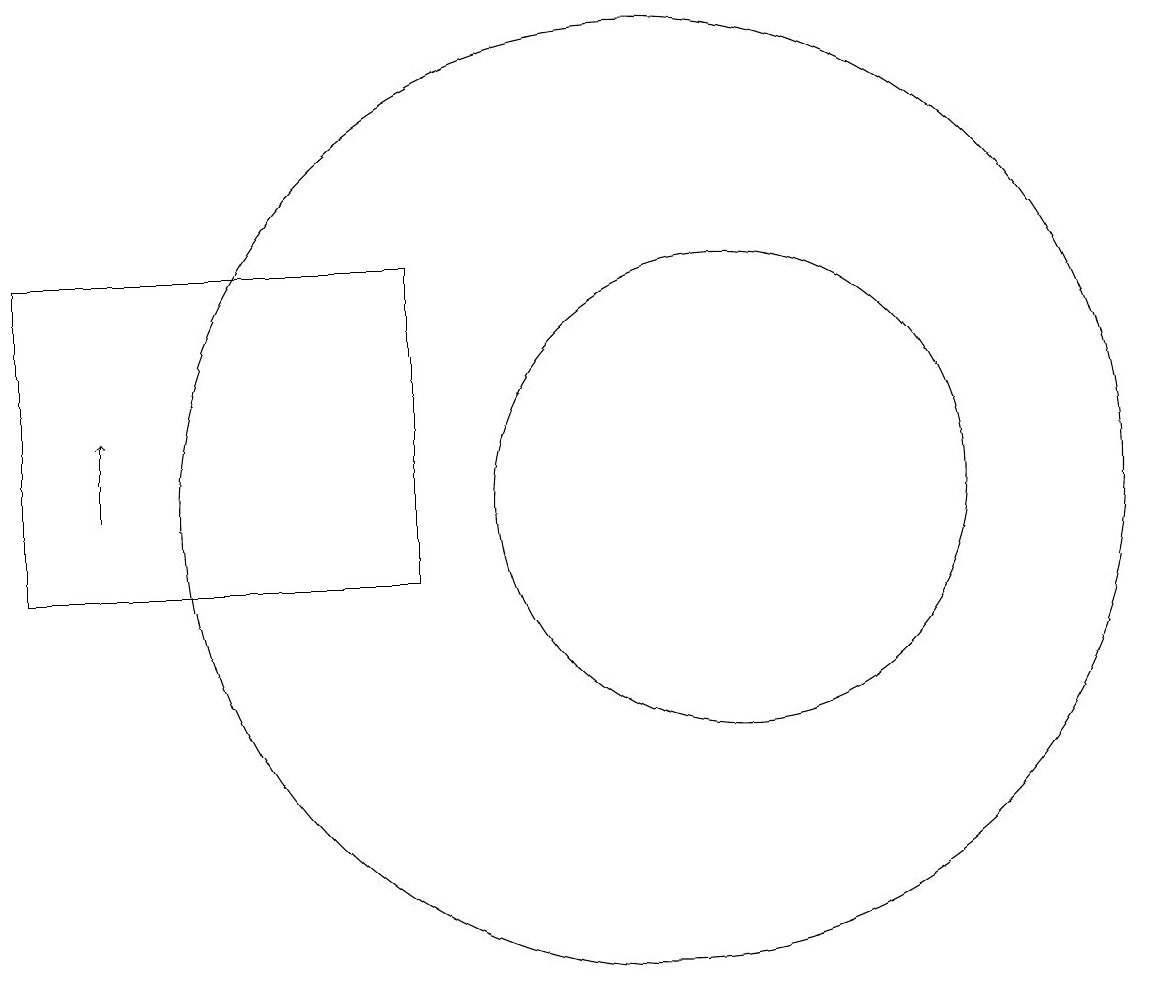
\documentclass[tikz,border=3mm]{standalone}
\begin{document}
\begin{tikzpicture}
\draw (10,11) circle (6);
\draw (11,11) circle (3);
\draw[->] (3,11) -- (3,12);
\draw (2,14) rectangle (7,10);
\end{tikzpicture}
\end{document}